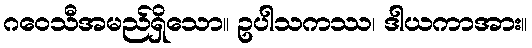
ဂဝေသီအမည်ရှိသော။ ဥပါသကဿ၊ ဒါယကာအား။